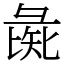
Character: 彘